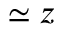
\simeq z